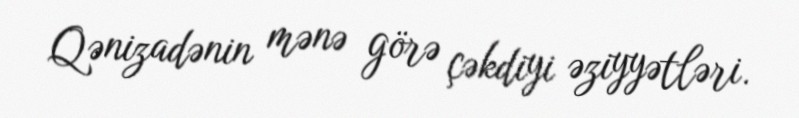
Qənizadənin mənə görə çəkdiyi əziyyətləri.